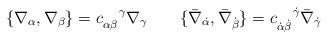
LaTeX: \begin{align*}\{\nabla_{\alpha},\nabla_{\beta}\}=c_{\alpha \beta}^{\enspace \enspace \gamma}\nabla_{\gamma}\qquad\{\bar \nabla_{\dot \alpha},\bar \nabla_{\dot \beta}\}=c_{\dot \alpha \dot \beta}^{\enspace \enspace \dot\gamma}\bar \nabla_{\dot \gamma}\end{align*}